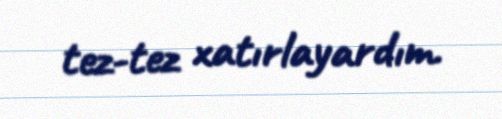
tez-tez xatırlayardım.